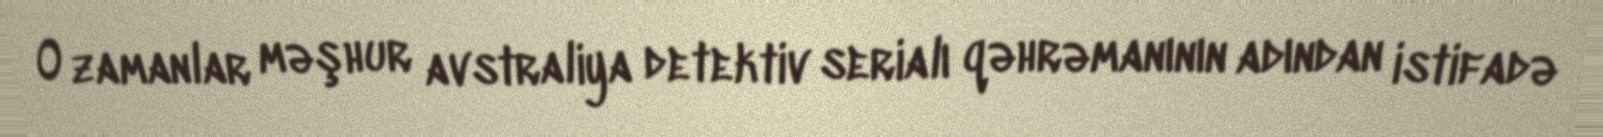
O zamanlar məşhur avstraliya detektiv serialı qəhrəmanının adından istifadə